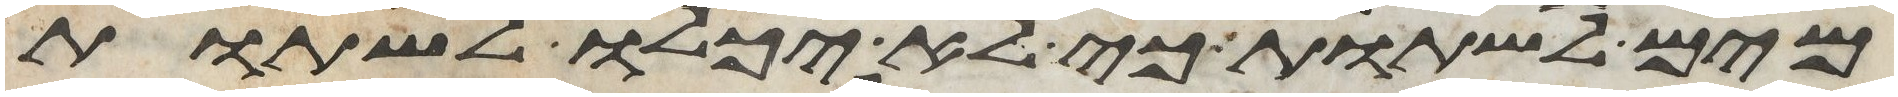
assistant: מים לשתות כי לא יכלו לשתות